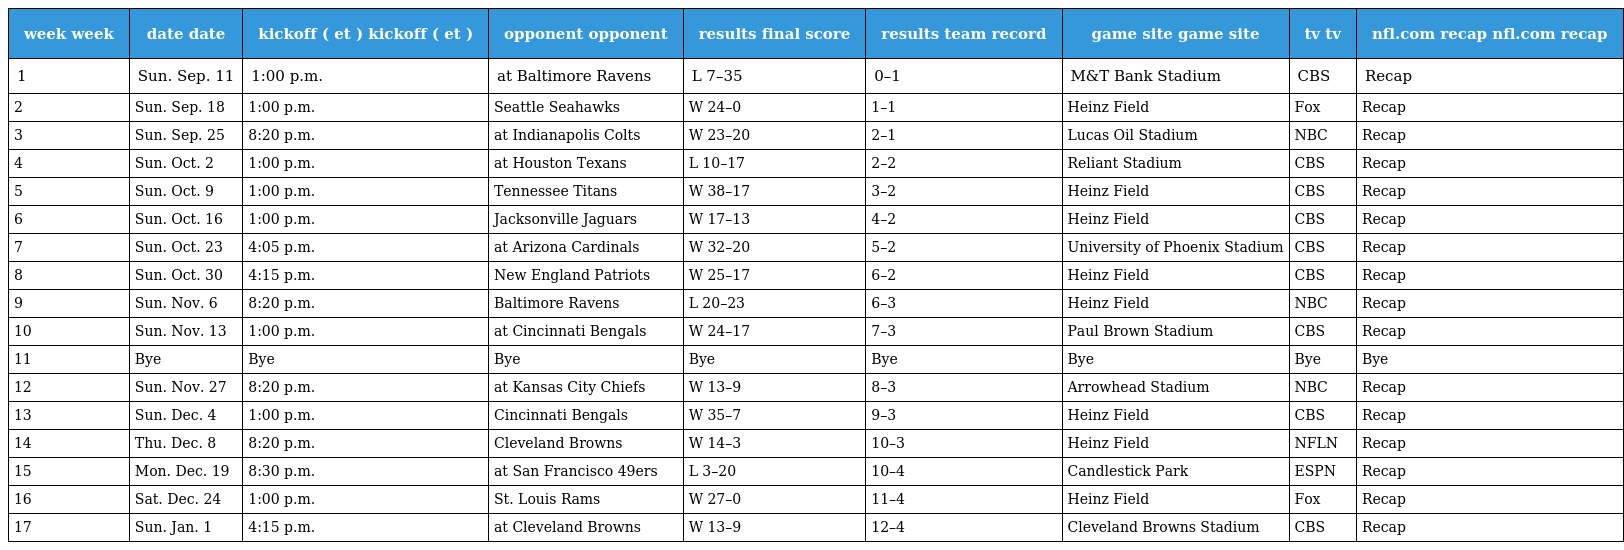
| week week | date date | kickoff ( et ) kickoff ( et ) | opponent opponent | results final score | results team record | game site game site | tv tv | nfl.com recap nfl.com recap |
 | --- | --- | --- | --- | --- | --- | --- | --- | --- |
 | 1 | Sun. Sep. 11 | 1:00 p.m. | at Baltimore Ravens | L 7–35 | 0–1 | M&T Bank Stadium | CBS | Recap |
 | 2 | Sun. Sep. 18 | 1:00 p.m. | Seattle Seahawks | W 24–0 | 1–1 | Heinz Field | Fox | Recap |
 | 3 | Sun. Sep. 25 | 8:20 p.m. | at Indianapolis Colts | W 23–20 | 2–1 | Lucas Oil Stadium | NBC | Recap |
 | 4 | Sun. Oct. 2 | 1:00 p.m. | at Houston Texans | L 10–17 | 2–2 | Reliant Stadium | CBS | Recap |
 | 5 | Sun. Oct. 9 | 1:00 p.m. | Tennessee Titans | W 38–17 | 3–2 | Heinz Field | CBS | Recap |
 | 6 | Sun. Oct. 16 | 1:00 p.m. | Jacksonville Jaguars | W 17–13 | 4–2 | Heinz Field | CBS | Recap |
 | 7 | Sun. Oct. 23 | 4:05 p.m. | at Arizona Cardinals | W 32–20 | 5–2 | University of Phoenix Stadium | CBS | Recap |
 | 8 | Sun. Oct. 30 | 4:15 p.m. | New England Patriots | W 25–17 | 6–2 | Heinz Field | CBS | Recap |
 | 9 | Sun. Nov. 6 | 8:20 p.m. | Baltimore Ravens | L 20–23 | 6–3 | Heinz Field | NBC | Recap |
 | 10 | Sun. Nov. 13 | 1:00 p.m. | at Cincinnati Bengals | W 24–17 | 7–3 | Paul Brown Stadium | CBS | Recap |
 | 11 | Bye | Bye | Bye | Bye | Bye | Bye | Bye | Bye |
 | 12 | Sun. Nov. 27 | 8:20 p.m. | at Kansas City Chiefs | W 13–9 | 8–3 | Arrowhead Stadium | NBC | Recap |
 | 13 | Sun. Dec. 4 | 1:00 p.m. | Cincinnati Bengals | W 35–7 | 9–3 | Heinz Field | CBS | Recap |
 | 14 | Thu. Dec. 8 | 8:20 p.m. | Cleveland Browns | W 14–3 | 10–3 | Heinz Field | NFLN | Recap |
 | 15 | Mon. Dec. 19 | 8:30 p.m. | at San Francisco 49ers | L 3–20 | 10–4 | Candlestick Park | ESPN | Recap |
 | 16 | Sat. Dec. 24 | 1:00 p.m. | St. Louis Rams | W 27–0 | 11–4 | Heinz Field | Fox | Recap |
 | 17 | Sun. Jan. 1 | 4:15 p.m. | at Cleveland Browns | W 13–9 | 12–4 | Cleveland Browns Stadium | CBS | Recap |